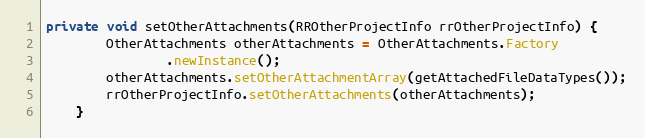
Language: Java
private void setOtherAttachments(RROtherProjectInfo rrOtherProjectInfo) {
        OtherAttachments otherAttachments = OtherAttachments.Factory
                .newInstance();
        otherAttachments.setOtherAttachmentArray(getAttachedFileDataTypes());
        rrOtherProjectInfo.setOtherAttachments(otherAttachments);
    }